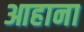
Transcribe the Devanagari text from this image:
आहाना